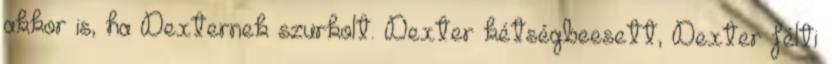
akkor is, ha Dexternek szurkolt. Dexter kétségbeesett, Dexter félti